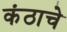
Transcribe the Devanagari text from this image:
कंठाचे